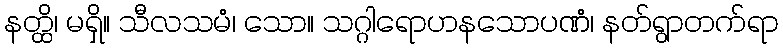
နတ္ထိ၊ မရှိ။ သီလသမံ၊ သော။ သဂ္ဂါရောဟနသောပဏံ၊ နတ်ရွာတက်ရာ